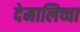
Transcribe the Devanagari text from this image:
देमालिच्चा